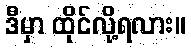
ဒီမှာ ထိုင်လို့ရလား။